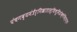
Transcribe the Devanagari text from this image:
पंचगव्यमंत्रैर्निखातास्थिभूमिंप्रोक्षेदित्यर्थः